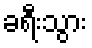
ခရီးသွား